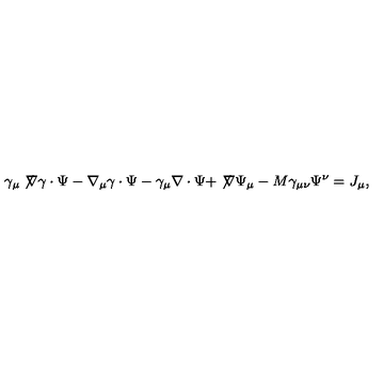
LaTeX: \gamma _ { \mu } \not \! \nabla \gamma \cdot \Psi - \nabla _ { \mu } \gamma \cdot \Psi - \gamma _ { \mu } \nabla \cdot \Psi + \not \! \nabla \Psi _ { \mu } - M \gamma _ { \mu \nu } \Psi ^ { \nu } = J _ { \mu } ,